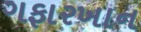
ગફારખાન